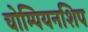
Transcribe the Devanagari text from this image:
चोम्पियनशिप